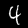
Digit: 4